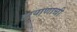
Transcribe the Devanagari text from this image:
हरयाणाची